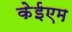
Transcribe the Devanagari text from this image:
केईएम